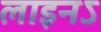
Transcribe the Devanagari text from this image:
लाइनऽ